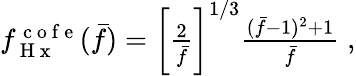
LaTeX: \begin{array}{r}{f_{\mathrm{~H~x~}}^{\mathrm{~c~o~f~e~}}(\bar{f})=\bigg[\frac{2}{\bar{f}}\bigg]^{1/3}\frac{(\bar{f}-1)^{2}+1}{\bar{f}}\; ,}\end{array}